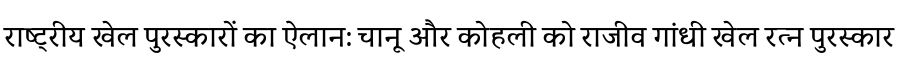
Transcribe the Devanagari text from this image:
राष्ट्रीय खेल पुरस्कारों का ऐलान: चानू और कोहली को राजीव गांधी खेल रत्न पुरस्कार